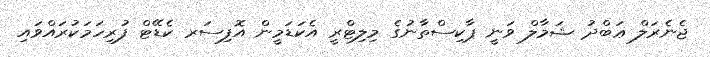
ޖެނެރަލް ޢަބްދު ޝަމާލް ވަނީ ޕާކިސްތާނުގެ މިލިޓްރީ އެކަޑަމީން އޮފިސަރ ކެޑޭޓް ފުރިހަމަކުރައްވައި